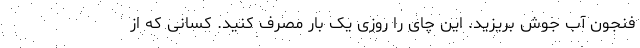
فنجون آب جوش بریزید. این چای را روزی یک بار مصرف کنید. کسانی که از